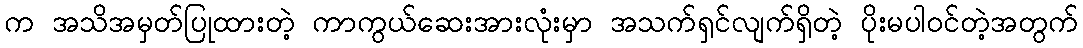
က အသိအမှတ်ပြုထားတဲ့ ကာကွယ်ဆေးအားလုံးမှာ အသက်ရှင်လျက်ရှိတဲ့ ပိုးမပါဝင်တဲ့အတွက်